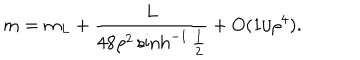
LaTeX: m = m _ { L } + { \frac { L } { 4 8 \rho ^ { 2 } \sinh ^ { - 1 } { \frac { 1 } { 2 } } } } + O ( 1 / \rho ^ { 4 } ) .